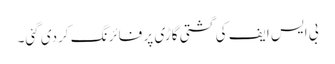
بی ایس ایف کی گشتی گاڑی پر فائرنگ کردی گئی۔